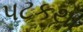
પટકથા